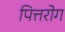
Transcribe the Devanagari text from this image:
पित्तरोग